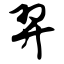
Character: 羿